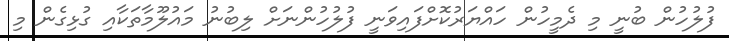
ފުލުހުން ބުނީ މި ދެމީހުން ހައްޔަރުކޮށްފައިވަނީ ފުލުހުންނަށް ލިބުނު މައުލޫމާތަކާއި ގުޅިގެން މި